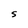
Character: S